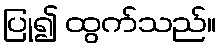
ပြု၍ ထွက်သည်။